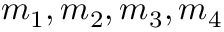
m _ { 1 } , m _ { 2 } , m _ { 3 } , m _ { 4 }